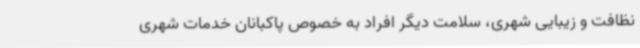
نظافت و زیبایی شهری، سلامت دیگر افراد به خصوص پاکبانان خدمات شهری